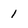
Character: 1